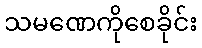
သမဏေကိုစေခိုင်း